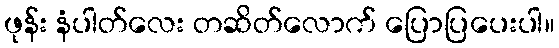
ဖုန်း နံပါတ်လေး တဆိတ်လောက် ပြောပြပေးပါ။